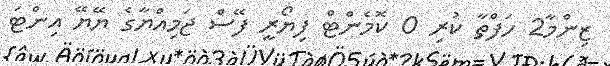
ޒިންމާ2 ހަފްތާ ކުރި 0 ކޮމެންޓް ފިޔޯރީ ފޭސް ޖަމިއްޔާގެ ޔޭޔޭ އިންޓަ